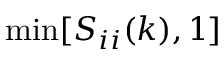
\operatorname* { m i n } [ S _ { i i } ( k ) , 1 ]